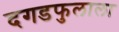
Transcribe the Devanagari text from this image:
दगडफुलाला